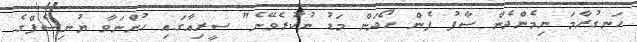
ހަނގުރާމަ ނިމެންދެން ސާފު ފެން ހޯދަން މަޑު ނުކުރެވޭނެ" ސީރިއާގައި ހުންނަވާ ޔުނިސެފްގެ